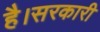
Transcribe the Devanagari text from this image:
है।सरकारी